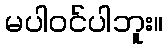
မပါဝင်ပါဘူး။